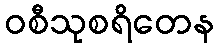
ဝစီသုစရိတေန